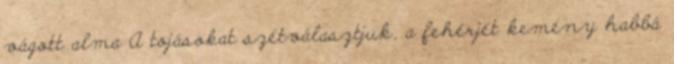
vágott alma A tojásokat szétválasztjuk, a fehérjét kemény habbá